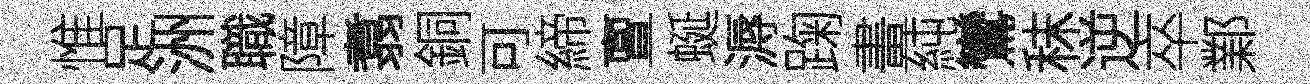
惟足洲職障翥銅可締亶蜒溽踘畫純鸞秣逆卒鄴